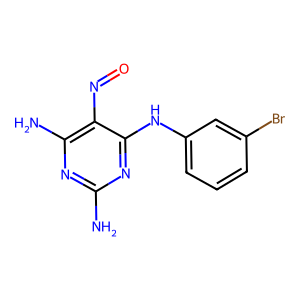
SMILES: Nc1nc(N)c(N=O)c(Nc2cccc(Br)c2)n1
Inhibits HIV replication: No